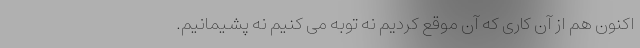
اکنون هم از آن کاری که آن موقع کردیم نه توبه می کنیم نه پشیمانیم.